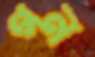
গন